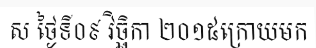
ស ថ្ងៃទី០៩ វិច្ឆិកា ២០១៥ក្រោយមក